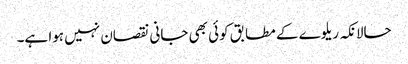
حالانکہ ریلوے کے مطابق کوئی بھی جانی نقصان نہیں ہوا ہے۔